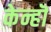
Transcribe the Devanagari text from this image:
केन्हॊ